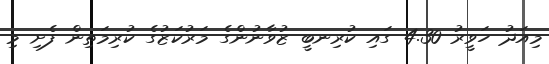
މިއަދު ހަވީރު 4.30 ގައި ކުރިނބީ ޒުވާނުންގެ މަރުކަޒުގެ ކުރިމަތިން ފެށި މި